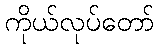
ကိုယ်လုပ်တော်